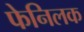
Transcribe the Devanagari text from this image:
फेनिलक